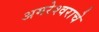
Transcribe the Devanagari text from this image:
अमरेश्वराचे